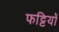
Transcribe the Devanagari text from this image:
फट्टियों